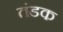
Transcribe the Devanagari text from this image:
तंडक